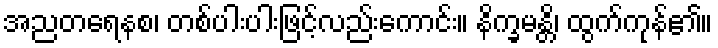
အညတရေနစ၊ တစ်ပါးပါးဖြင့်လည်းကောင်း။ နိက္ခမန္တိ၊ ထွက်ကုန်၏။